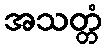
အသတ္တံ